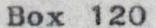
Box 120